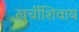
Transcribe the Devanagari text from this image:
खुर्चीशिवाय